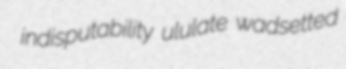
indisputability ululate wadsetted